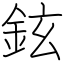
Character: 鉉